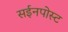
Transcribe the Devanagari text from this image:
सईनपोस्ट